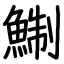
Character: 鯯